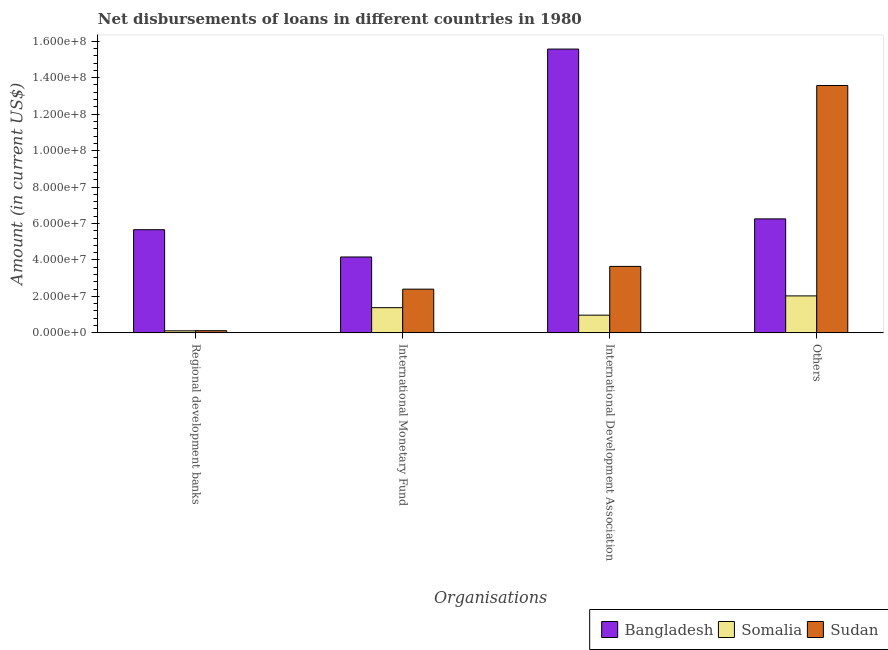
| Organisations | Bangladesh | Somalia | Sudan |
 | --- | --- | --- | --- |
 | Regional development banks | 5.66e+07 | 1.12e+06 | 1.19e+06 |
 | International Monetary Fund | 4.16e+07 | 1.38e+07 | 2.4e+07 |
 | International Development Association | 1.56e+08 | 9.72e+06 | 3.65e+07 |
 | Others | 6.25e+07 | 2.03e+07 | 1.36e+08 |